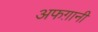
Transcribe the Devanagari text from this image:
अफग़ानी